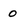
Character: o